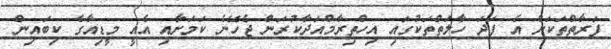
ފަރާތްތަކަށް އެ ފަދަ ހާލަތްތަކުގައި އިހްތިރާމްއަދާކުރަން ޖެހޭނެ ކަމަށާއި އެއީ މީޑިއާގެ ކިބައިން